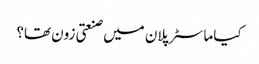
کیا ماسٹر پلان میں صنعتی زون تھا؟